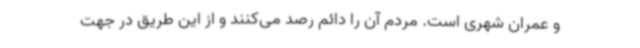
و عمران شهری است. مردم آن را دائم رصد می‌کنند و از این طریق در جهت